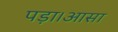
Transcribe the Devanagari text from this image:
पड़ा।आसा